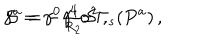
\gamma ^ { a } = - { \textstyle \frac { 4 } { R _ { 2 } } } \mathcal { S } \Gamma _ { s } ( P ^ { a } ) \, , \hspace { 1 c m } \mathcal { S } = \gamma ^ { 0 } \gamma ^ { 1 } \sigma ^ { 2 } \, ,